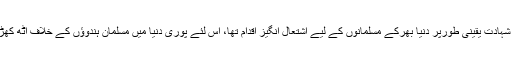
مسجد کی شہادت یقینی طورپر دنیا بھرکے مسلمانوں کے لیے اشتعال انگیز اقدام تھا، اس لئے پوری دنیا میں مسلمان ہندوؤں کے خلاف اٹھ کھڑے ہوئے۔